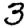
Digit: 3